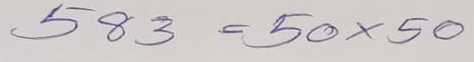
583 = 50 x 50